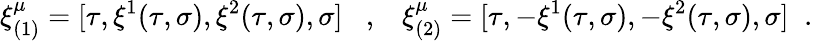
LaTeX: \xi_{(1)}^{\mu}=[\tau,\xi^{1}(\tau,\sigma),\xi^{2}(\tau,\sigma),\sigma]\; \; \; ,\; \; \; \xi_{(2)}^{\mu}=[\tau,-\xi^{1}(\tau,\sigma),-\xi^{2}(\tau,\sigma),\sigma]\; \; .